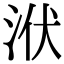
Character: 洑